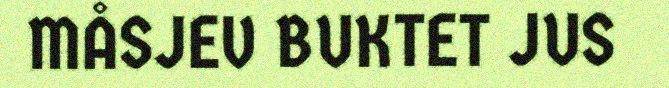
MÅSJEV BUKTET JUS